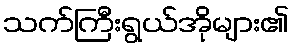
သက်ကြီးရွယ်အိုများ၏